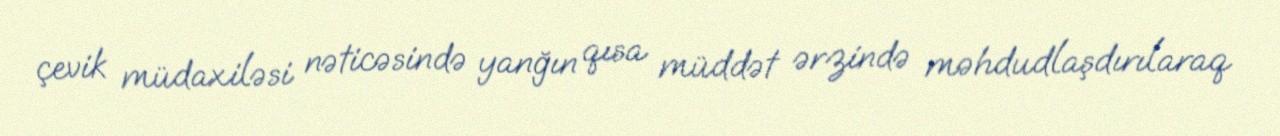
çevik müdaxiləsi nəticəsində yanğın qısa müddət ərzində məhdudlaşdırılaraq